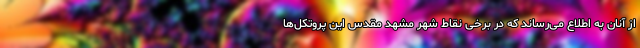
از آنان به اطلاع می‌رساند که در برخی نقاط شهر مشهد مقدس این پروتکل‌ها